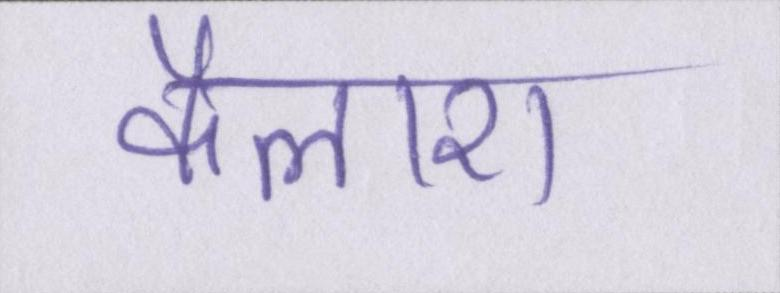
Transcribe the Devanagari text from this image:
कैलाश